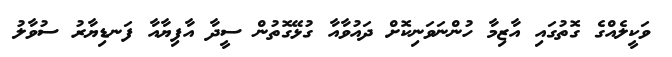
ވަކީލެއްގެ ގޮތުގައި އާޒިމާ ހުންނަވަނިކޮށް ދައުވާއާ ގުޅޭގޮތުން ސީދާ އާފިޔާއާ ފަނޑިޔާރު ސުވާލު